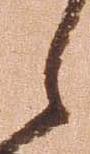
候